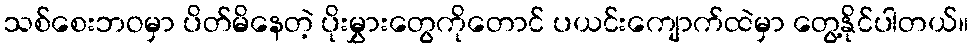
သစ်စေးဘဝမှာ ပိတ်မိနေတဲ့ ပိုးမွှားတွေကိုတောင် ပယင်းကျောက်ထဲမှာ တွေ့နိုင်ပါတယ်။